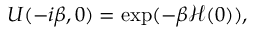
U ( - i \beta , 0 ) = \exp ( - \beta \mathcal { H } ( 0 ) ) ,